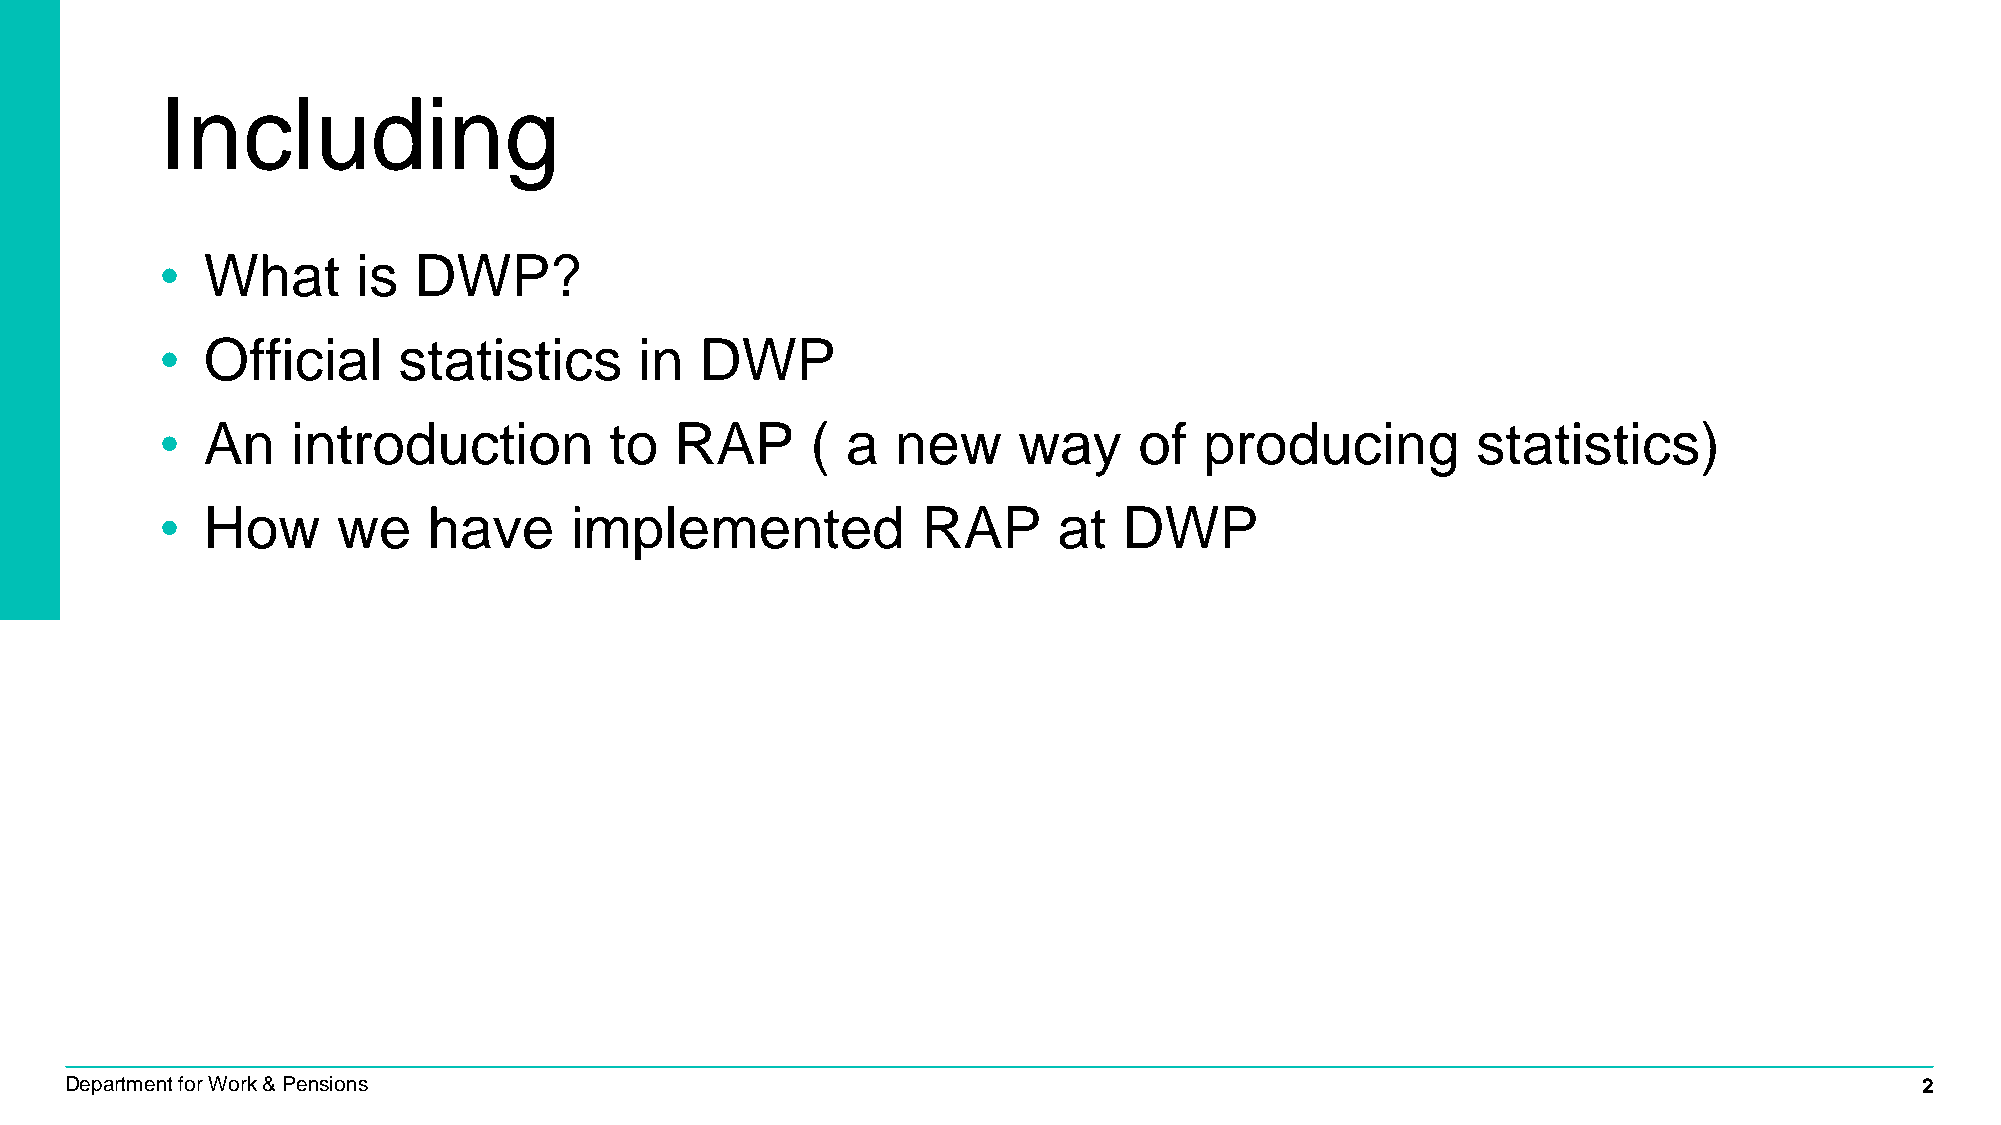
Including
 • What       is DWP?
 • Official     statistics      in  DWP
 • An    introduction         to   RAP      ( a  new     way     of   producing         statistics)
 • How      we    have      implemented            RAP      at  DWP
 Department for Work & Pensions                                                                                             2